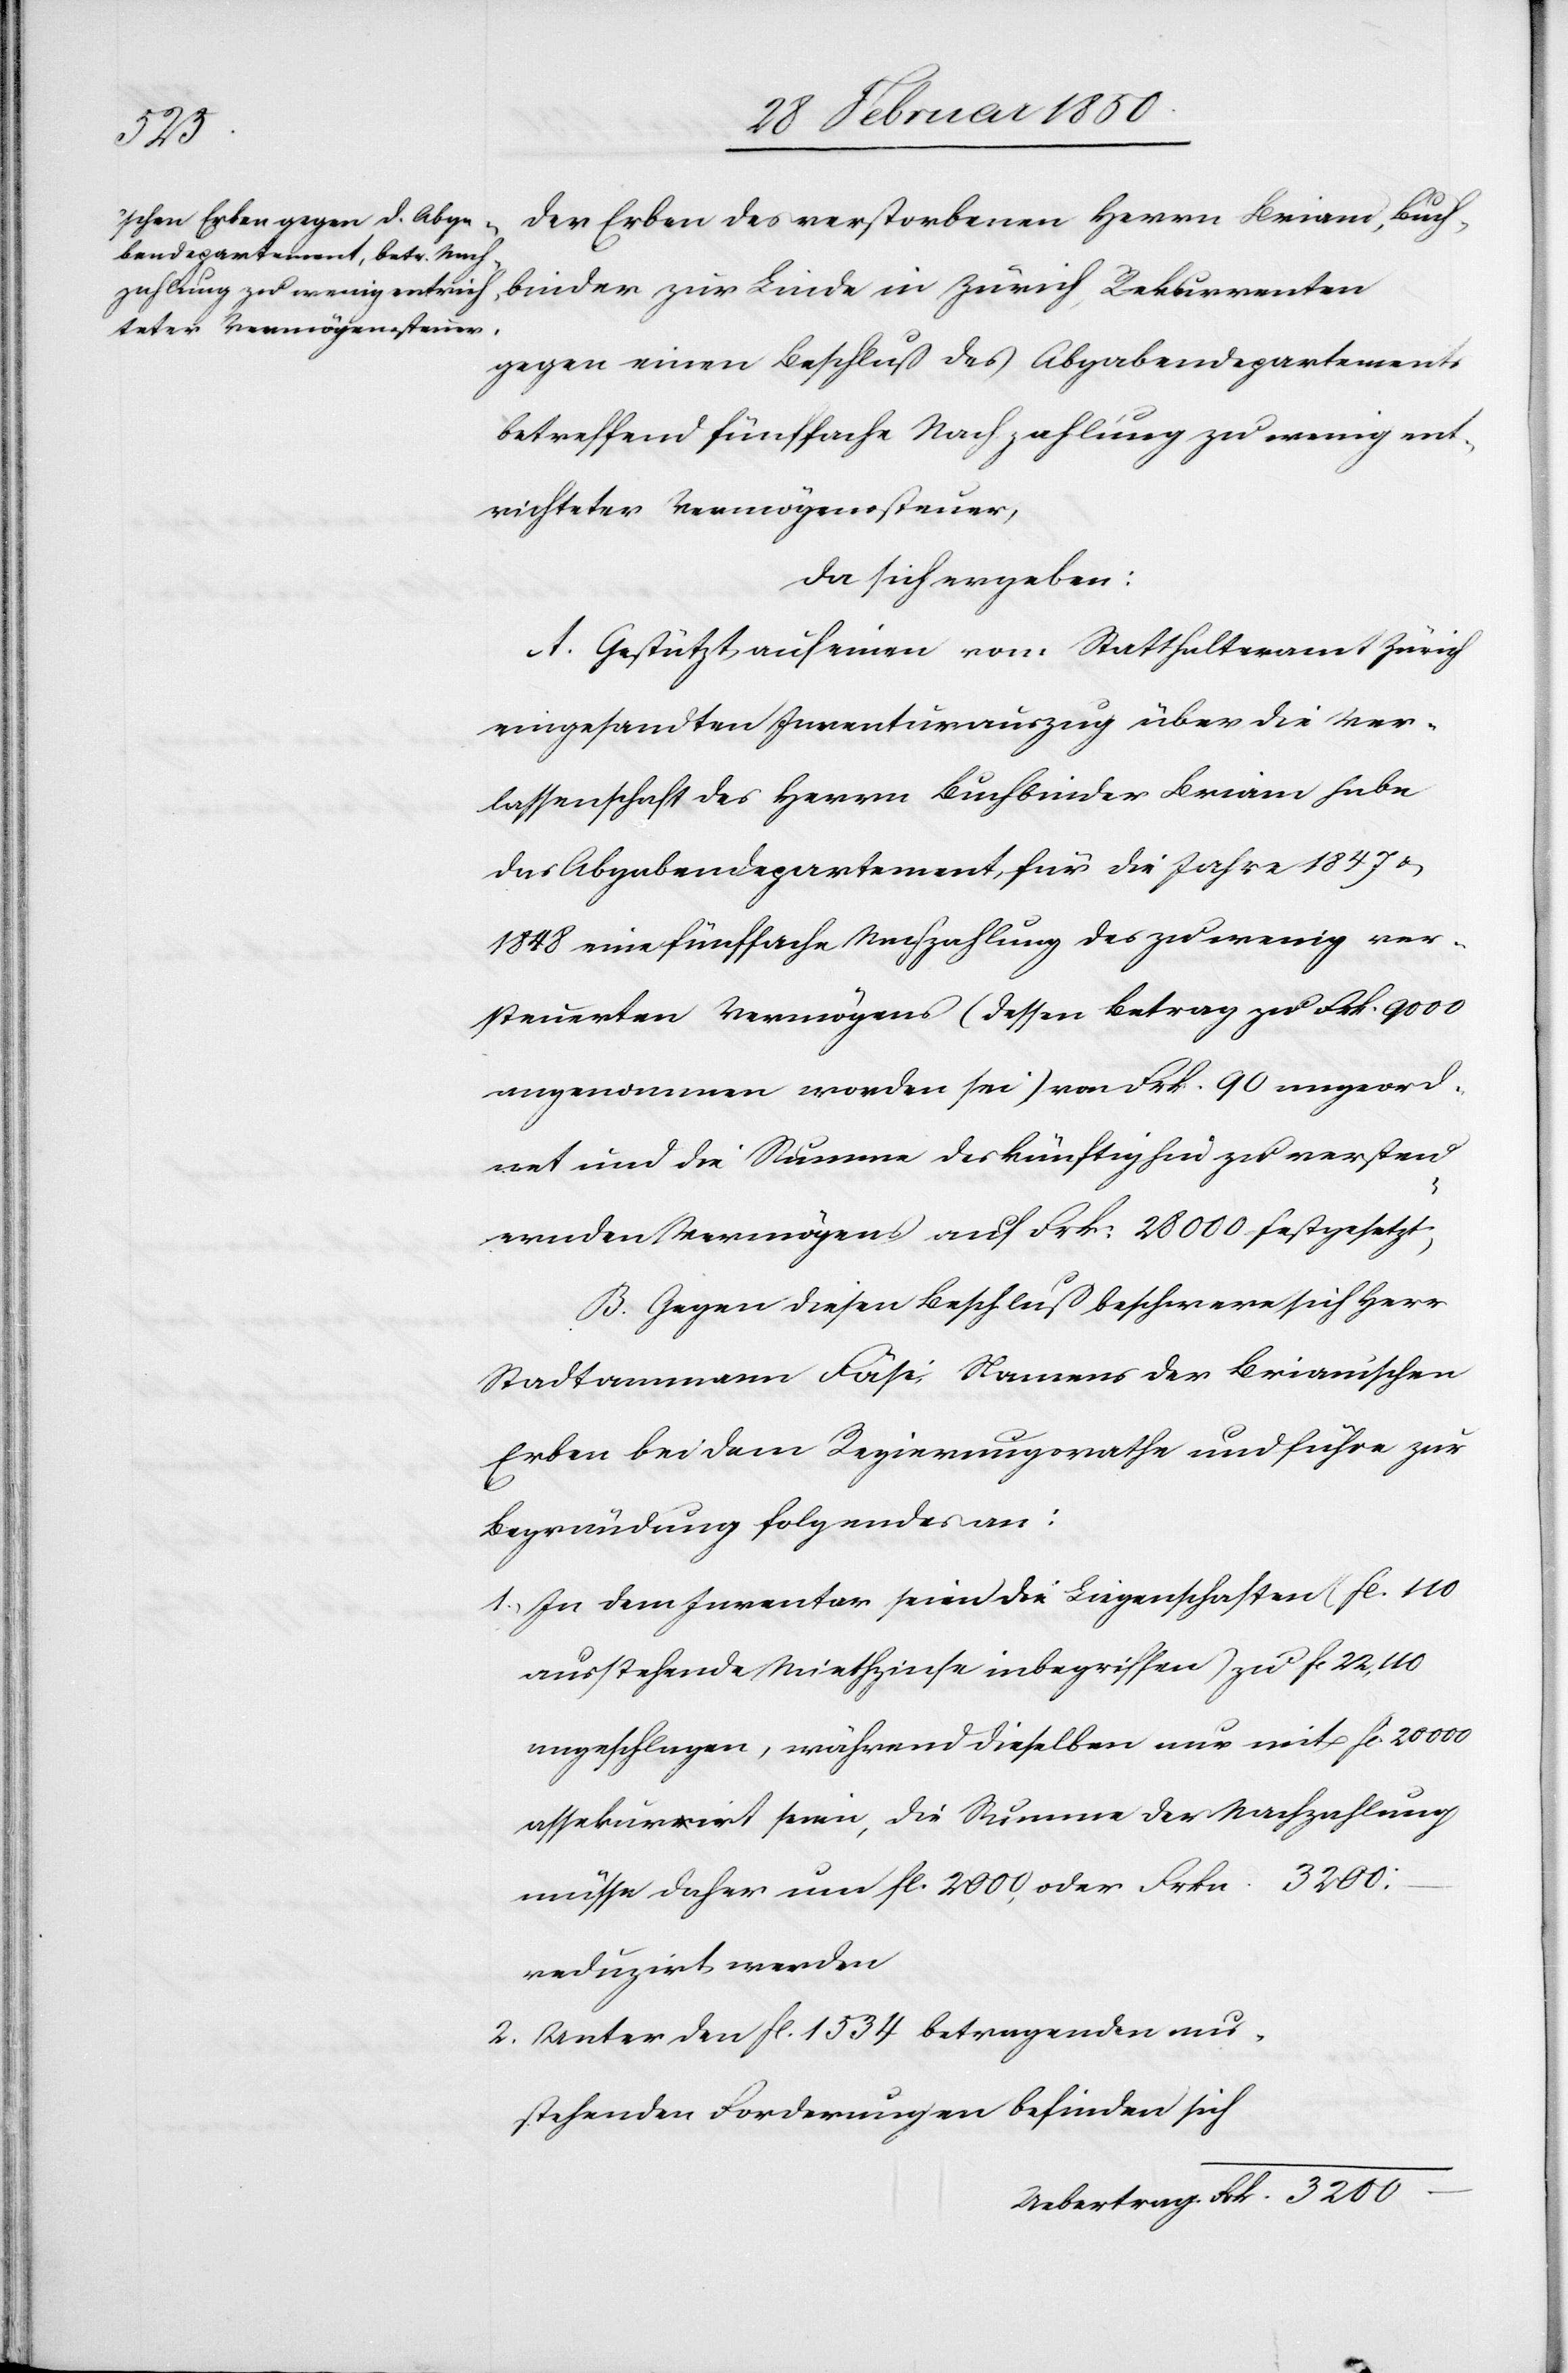
3200
der Erben des verstorbenen Herrn Briam, Buch¬
gegen eine Beschluß des Abgabendepartements
betreffend fünffache Nachzahlung zu wenig ent¬
richteter Vermögenssteuer,
da sich ergeben:
A. Gestützt auf einen vom Statthalteramt Zürich
eingesandten Inventurauszug über die Ver¬
lassenschaft des Herrn Buchbinder Briam habe
das Abgabendepartement, für die Jahre 1847 u.
1848 eine fünffache Nachzahlung des zu wenig ver¬
steuerten Vermögens (dessen Betrag zu Frk. 9000
angenommen worden sei) von Frk. 90 angeord¬
net und die Summe des künftighin zu versteu¬
ernden Vermögens auf Frk: 28000 festgesetzt;
B. Gegen diesen Beschluß beschwere sich Herr
Stadtammann Fäsi Namens der Briam’schen
Erben bei dem Regierungsrathe und führe zur
Begründung folgendes an:
1. In dem Inventar seien die Liegenschaften (fl. 110
ausstehende Miethzinse inbegriffen) zu fl 22,110
angeschlagen, während dieselben nur mit fl. 20000
assekurirt seien, die Summe der Nachzahlung
reduzirt werden
2. Unter den fl. 1534 betragenden aus¬
stehenden Forderungen befinden sich